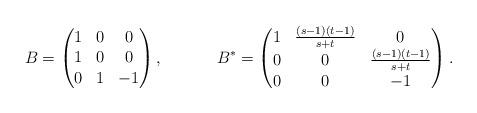
LaTeX: \begin{align*} B &= \begin{pmatrix} 1 & 0 & 0 \\ 1 & 0 & 0 \\ 0 & 1 & -1 \end{pmatrix},& B^* &= \begin{pmatrix} 1 & \frac{(s-1)(t-1)}{s+t} & 0 \\ 0 & 0 & \frac{(s-1)(t-1)}{s+t} \\ 0 & 0 & -1 \end{pmatrix}.\end{align*}